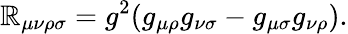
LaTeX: \mathbb{R}_{\mu\nu\rho\sigma}=g^{2}(g_{\mu\rho}g_{\nu\sigma}-g_{\mu\sigma}g_{\nu\rho}).